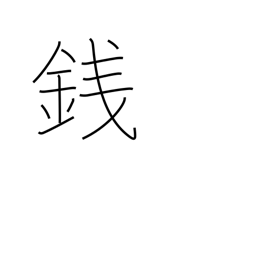
Meaning: coin